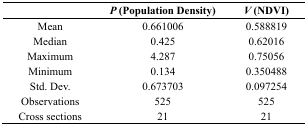
|  | P (Population Density) | V (NDVI) |
 | --- | --- | --- |
 | Mean | 0.661006 | 0.588819 |
 | Median | 0.425 | 0.62016 |
 | Maximum | 4.287 | 0.75056 |
 | Minimum | 0.134 | 0.350488 |
 | Std. Dev. | 0.673703 | 0.097254 |
 | Observations | 525 | 525 |
 | Cross sections | 21 | 21 |